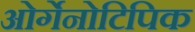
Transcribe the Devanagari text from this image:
ओर्गेनोटिपिक